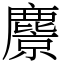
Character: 麖